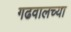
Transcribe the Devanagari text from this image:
गढवालच्या